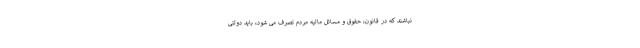
نباشند که در قانون، حقوق و مسائل مالیه مردم تصرف می شود، باید دولتی